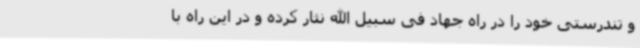
و تندرستی خود را در راه جهاد فی سبیل الله نثار کرده و در این راه با